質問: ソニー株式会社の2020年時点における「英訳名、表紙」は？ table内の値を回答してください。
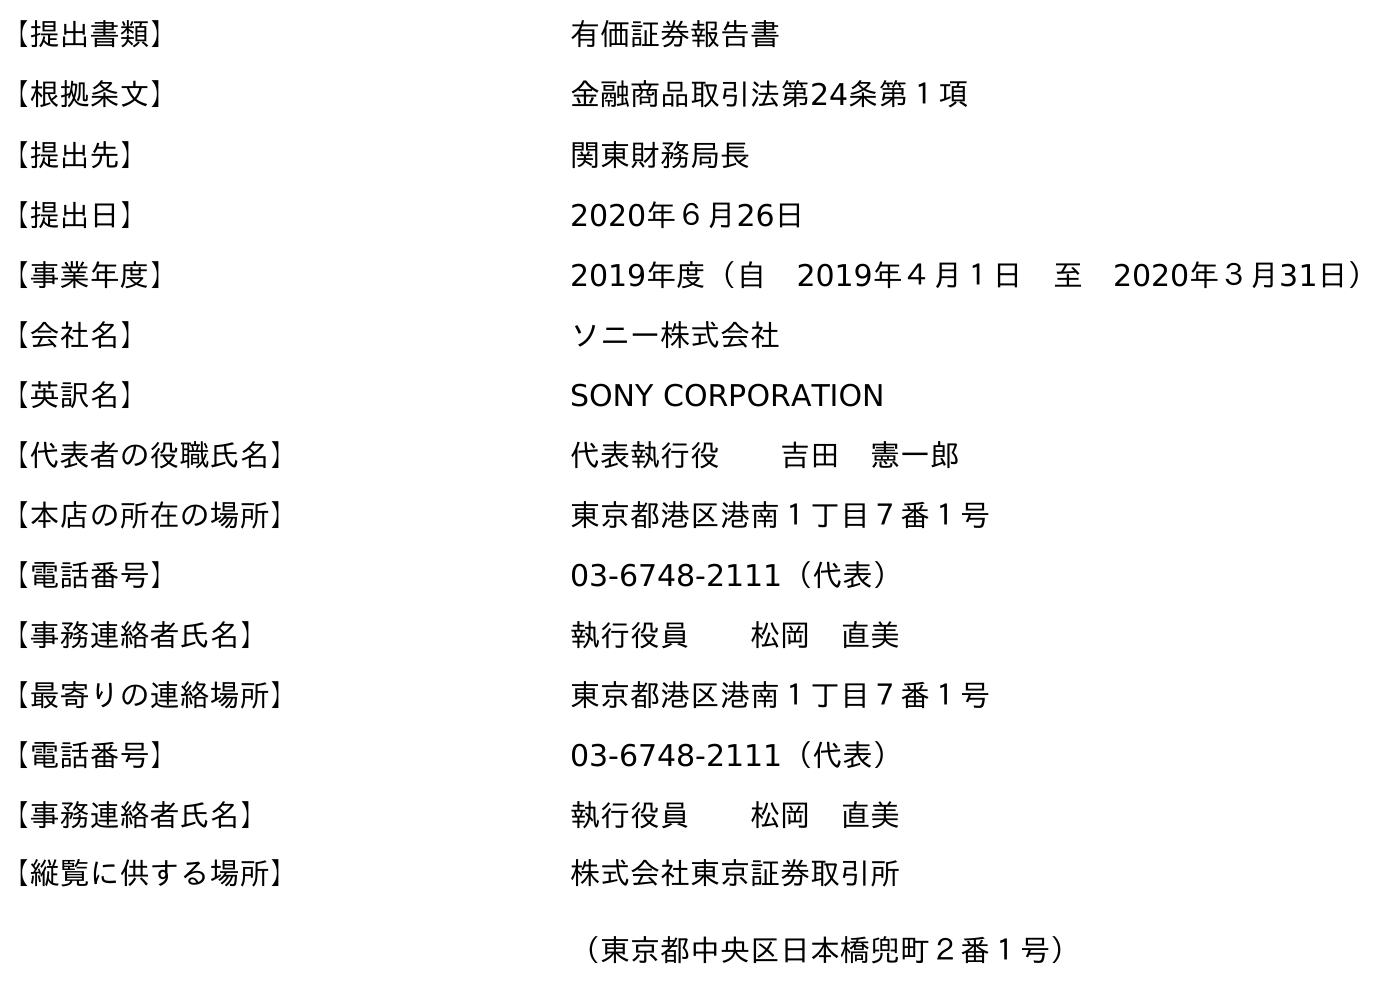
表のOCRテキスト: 【提出書類】 有価証券報告書 【根拠条文】 金融商品取引法第24条第１項 【提出先】 関東財務局長 【提出日】 2020年６月26日 【事業年度】 2019年度（自 2019年４月１日 至 2020年３月31日） 【会社名】 ソニー株式会社 【英訳名】 SONY CORPORATION 【代表者の役職氏名】 代表執行役  吉田 憲一郎 【本店の所在の場所】 東京都港区港南１丁目７番１号 【電話番号】 03-6748-2111（代表） 【事務連絡者氏名】 執行役員  松岡 直美 【最寄りの連絡場所】 東京都港区港南１丁目７番１号 【電話番号】 03-6748-2111（代表） 【事務連絡者氏名】 執行役員  松岡 直美 【縦覧に供する場所】 株式会社東京証券取引所 （東京都中央区日本橋兜町２番１号）
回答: SONY CORPORATION